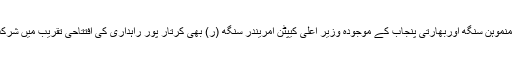
ہ سابق بھارتی وزیر اعظم منموہن سنگھ اوربھارتی پنجاب کے موجودہ وزیر اعلیٰ کیپٹن امریندر سنگھ (ر) بھی کرتار پور راہداری کی افتتاحی تقریب میں شرکت کے لیے پہنچ چکے ہیں۔